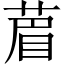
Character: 葿